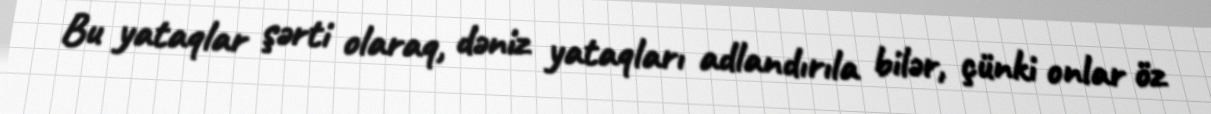
Bu yataqlar şərti olaraq, dəniz yataqları adlandırıla bilər, çünki onlar öz